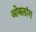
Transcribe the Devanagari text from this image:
ओबलांग